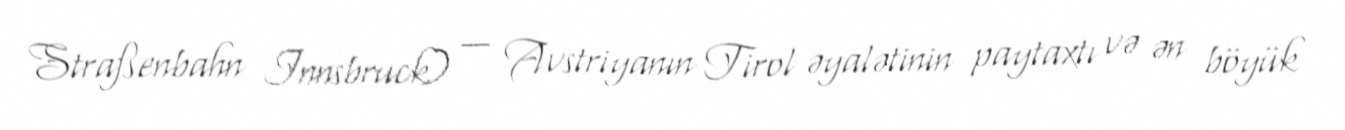
Straßenbahn Innsbruck) — Avstriyanın Tirol əyalətinin paytaxtı və ən böyük